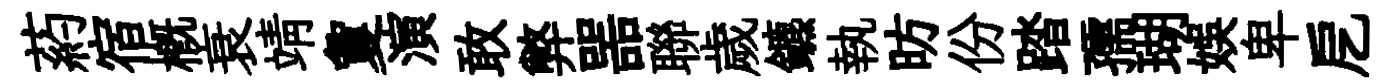
葯宿槪衰靖夐演敢弊噐聯歲鑣執昉份踏孺瑚娱卑戹